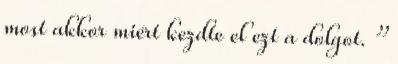
most akkor miért kezdte el ezt a dolgot. ”